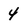
Character: 4